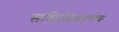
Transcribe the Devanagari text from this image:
समितीप्रमाणेच